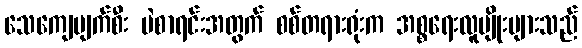
သေကျေပျက်စီး မဲစာရင်းအတွက် စစ်တရားရုံးက အစ္စရေးလူမျိုးများသည်